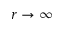
r \rightarrow \infty